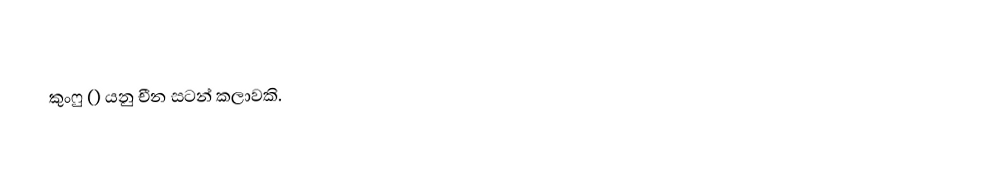
කුංෆු () යනු චීන සටන් කලාවකි.